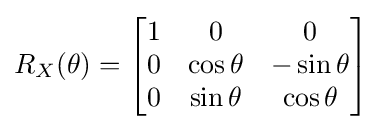
R_{X}(\theta )={\begin{bmatrix}1&0&0\\0&\cos \theta &-\sin \theta \\0&\sin \theta &\cos \theta \end{bmatrix}}